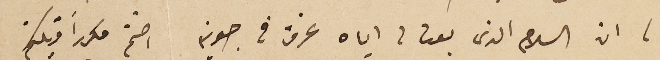
له ان السلام الذى بعت لى اياه غرق فى جونية اختم مكرراً قبلتكم